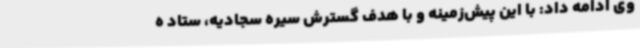
وی ادامه داد: با این پیش‌زمینه و با هدف گسترش سیره سجادیه، ستاد ه